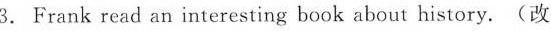
3. Frank read an interesting book about history. (改